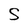
Character: S